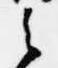
之